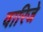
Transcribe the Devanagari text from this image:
वारिजे